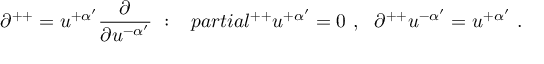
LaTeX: \partial ^ { + + } = u ^ { + \alpha ^ { \prime } } { \frac { \partial } { \partial u ^ { - \alpha ^ { \prime } } } } \ : \ \ \, p a r t i a l ^ { + + } u ^ { + \alpha ^ { \prime } } = 0 \ , \ \ \partial ^ { + + } u ^ { - \alpha ^ { \prime } } = u ^ { + \alpha ^ { \prime } } \ .